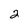
Character: 2